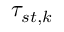
\tau _ { s t , k }